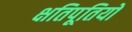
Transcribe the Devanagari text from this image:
क्षतिपूतियों